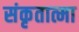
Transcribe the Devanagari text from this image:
संकृतात्मा